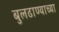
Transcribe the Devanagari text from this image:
बुलढाण्याच्या